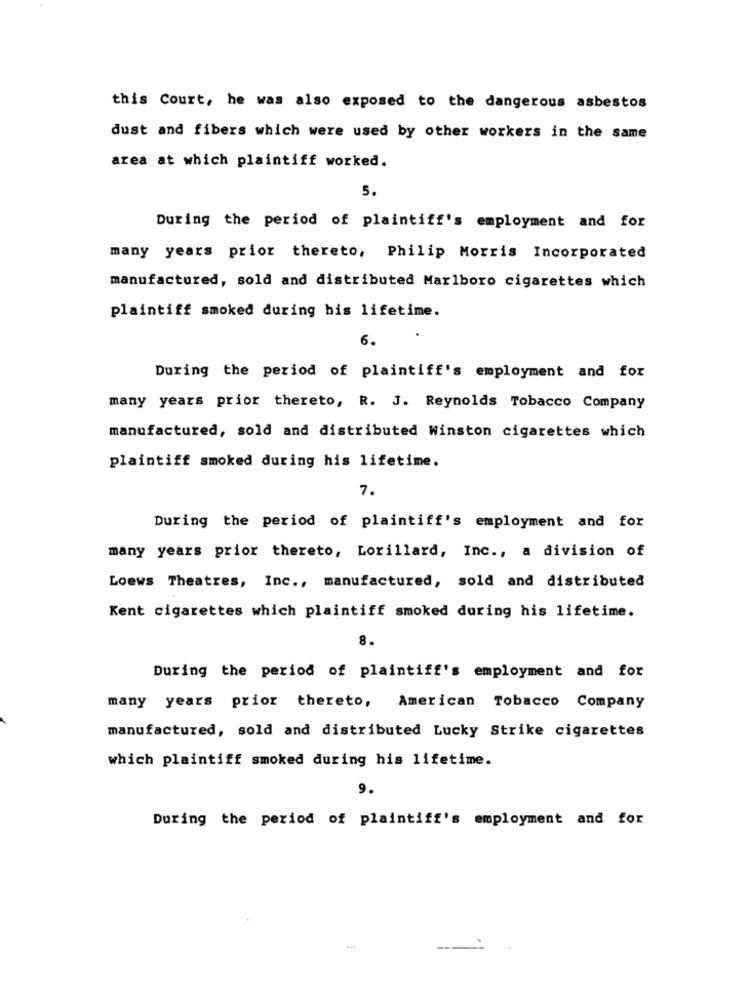
this Court, he was also exposed to the dangerous asbestos
dust and fibers which were used by other workers in the same
area at which plaintiff worked.
5.
During the period of plaintiff's employment and for
many years prior thereto, Philip Morris Incorporated
manufactured, sold and distributed Marlboro cigarettes which
plaintiff smoked during his lifetime.
6.
During the period of plaintiff's employment and for
many years prior thereto, R. J. Reynolds Tobacco Company
manufactured, sold and distributed Winston cigarettes which
plaintiff smoked during his lifetime.
7.
During the period of plaintiff's employment and for
many years prior thereto, Lorillard, Inc ., a division of
Loews Theatres, Inc ., manufactured, sold and distributed
Kent cigarettes which plaintiff smoked during his lifetime.
8.
During the period of plaintiff's employment and for
many years prior thereto, American Tobacco Company
manufactured, sold and distributed Lucky Strike cigarettes
which plaintiff smoked during his lifetime.
9.
During the period of plaintiff's employment and for
--